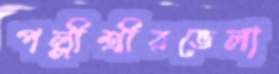
পল্লীশ্রীরভেলা